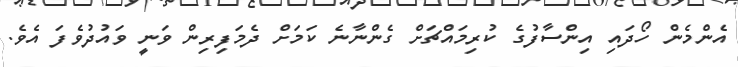
އެންމެން ހޯދައި އިންސާފުގެ ކުރިމައްޗަށް ގެންނާނެ ކަމަށް ދެމަފިރިން ވަނީ ވައުދުވެފަ އެވެ.